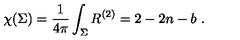
\chi ( \Sigma ) = \frac { 1 } { 4 \pi } \int _ { \Sigma } R ^ { ( 2 ) } = 2 - 2 n - b \ .